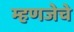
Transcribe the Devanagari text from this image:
म्हणजेचे